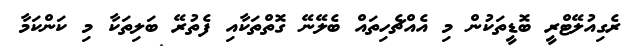
ރެގިއުލޭޓްރީ ބޮޑީތަކުން މި އެއްޗެހިތައް ބެލޭނޭ ގޮތްތަކާއި ފެތުރޭ ބަލިތަކާ މި ކަންކަމާ